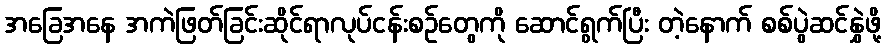
အခြေအနေ အကဲဖြတ်ခြင်းဆိုင်ရာလုပ်ငန်းစဉ်တွေကို ဆောင်ရွက်ပြီး တဲ့နောက် စစ်ပွဲဆင်နွှဲဖို့